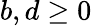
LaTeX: b,d\geq 0